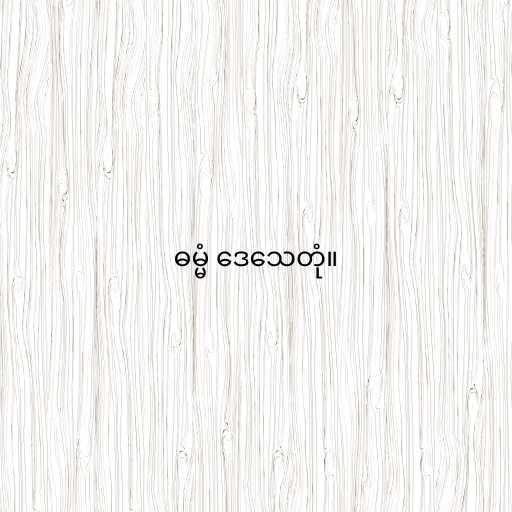
ဓမ္မံ ဒေသေတုံ။